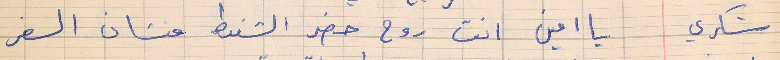
شكري      يا امين انت روح حضر الشنط منشان السفر